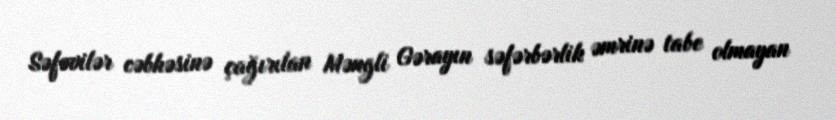
Səfəvilər cəbhəsinə çağırılan Məngli Gərayın səfərbərlik əmrinə tabe olmayan